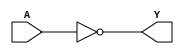
module comb_logic (
    input A,
    output Y
);

assign Y = ~A;

endmodule